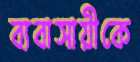
ব্যবাসায়ীকে